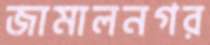
জামালনগর